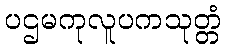
ပဌမကုလူပကသုတ္တံ